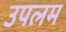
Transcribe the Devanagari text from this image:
उपलम